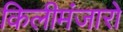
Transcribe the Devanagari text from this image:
किलीमंजारो